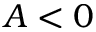
A < 0